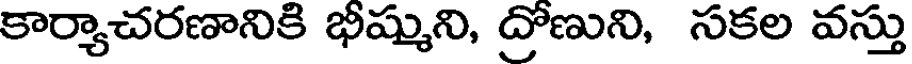
కార్యాచరణానికి భీష్ముని, ద్రోణుని, సకల వస్తు